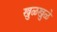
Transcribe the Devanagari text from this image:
खुळखुळे